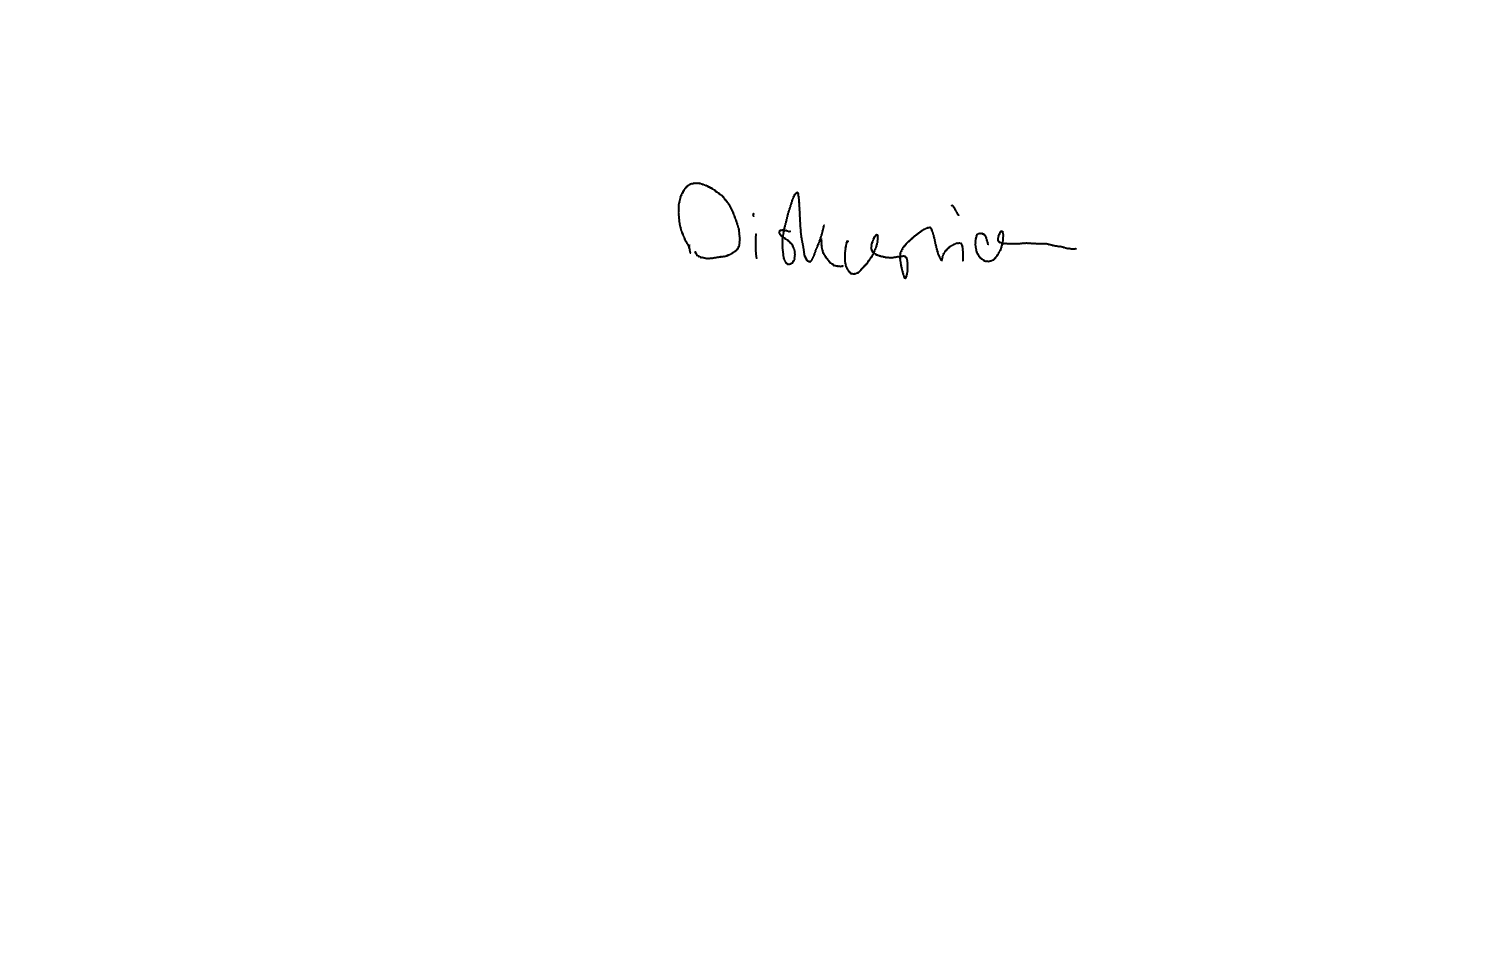
Text: Diskussion